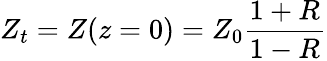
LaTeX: Z_{t}=Z(z=0)=Z_{0}\frac{1+R}{1-R}